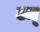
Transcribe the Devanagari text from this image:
ज्म्